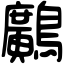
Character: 𪇵